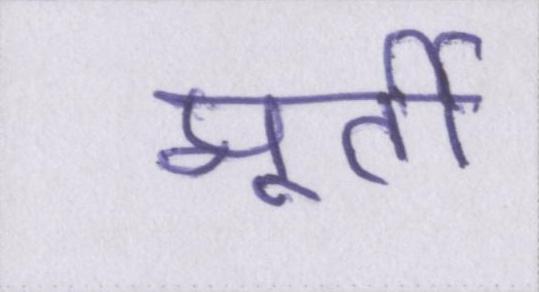
मूर्ती